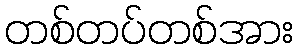
တစ်တပ်တစ်အား